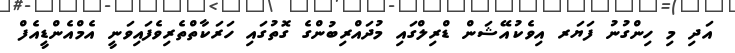
އަދި މި ހިންގުނު ފަޔަރ އިވެކުއޭޝަން ޑްރިލްގައި މުދައްރިބުންގެ ގޮތުގައި ހަރަކާތްތެރިވެފައިވަނީ އެމްއެންޑީއެފް